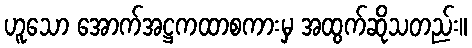
ဟူသော အောက်အဋ္ဌကထာစကားမှ အထွက်ဆိုသတည်း။